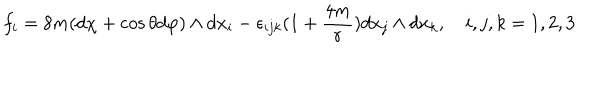
f _ { i } = 8 m ( d \chi + \cos \theta d \varphi ) \wedge d x _ { i } - \epsilon _ { i j k } ( 1 + \frac { 4 m } { r } ) d x _ { j } \wedge d x _ { k } , ~ i , j , k = 1 , 2 , 3